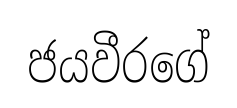
ජයවීරගේ